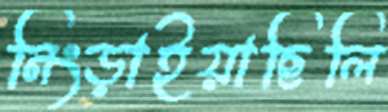
নিংড়াইয়াছিলি